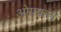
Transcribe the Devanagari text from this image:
ओफ्फल